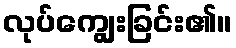
လုပ်ကျွေးခြင်း၏။